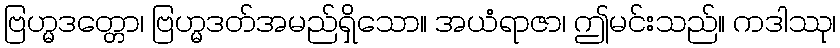
ဗြဟ္မဒတ္တော၊ ဗြဟ္မဒတ်အမည်ရှိသော။ အယံရာဇာ၊ ဤမင်းသည်။ ကဒါဿု၊